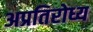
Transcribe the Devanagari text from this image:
अप्रतिरोध्य